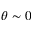
\theta \sim 0